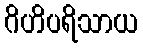
ဂိဟိပရိသာယ